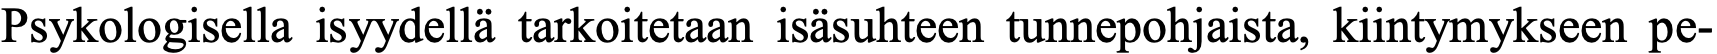
Psykologisella isyydellä tarkoitetaan isäsuhteen tunnepohjaista, kiintymykseen pe-